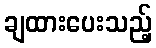
ချထားပေးသည့်